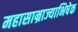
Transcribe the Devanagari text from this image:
महासाम्राज्याभिषेक